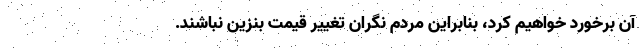
آن برخورد خواهیم کرد، بنابراین مردم نگران تغییر قیمت بنزین نباشند.